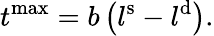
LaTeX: t^{\mathrm{max}}=b\left(l^{\mathrm{s}}-l^{\mathrm{d}}\right).